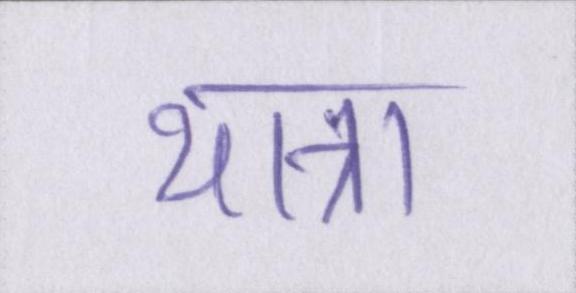
यात्रा